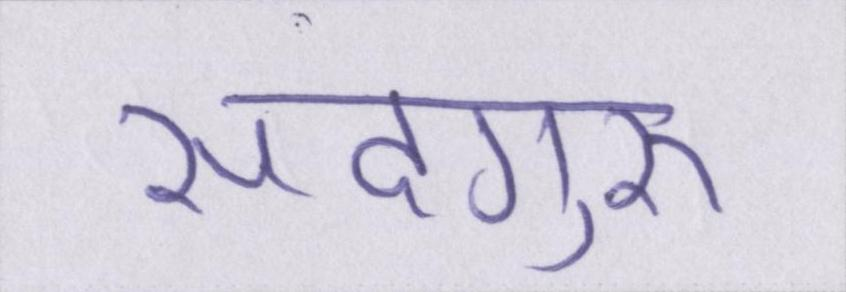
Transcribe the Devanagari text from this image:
सदगुरू